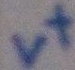
Text: v+